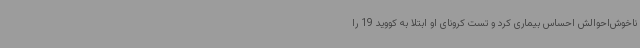
ناخوش‌احوالش احساس بیماری کرد و تست کرونای او ابتلا به کووید 19 را